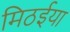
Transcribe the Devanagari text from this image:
मिठईया